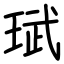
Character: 珷